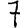
Digit: 7